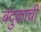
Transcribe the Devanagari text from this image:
बंदुकाची